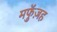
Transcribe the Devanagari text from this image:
मफुॅज़ह